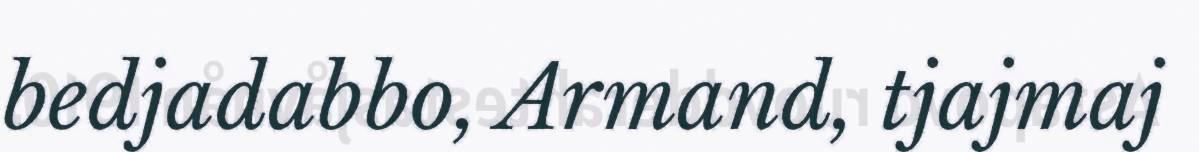
bedjadabbo, Armand, tjajmaj